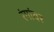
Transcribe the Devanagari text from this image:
रंगांवर